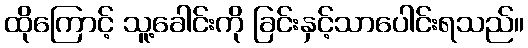
ထိုကြောင့် သူ့ခေါင်းကို ခြင်းနှင့်သာပေါင်းရသည်။